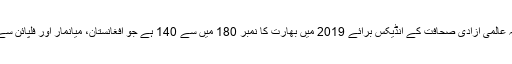
خیال رہے کہ عالمی آزادی صحافت کے انڈیکس برائے 2019 میں بھارت کا نمبر 180 میں سے 140 ہے جو افغانستان، میانمار اور فلپائن سے بھی کم ہے۔